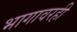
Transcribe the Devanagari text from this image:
भागावरही